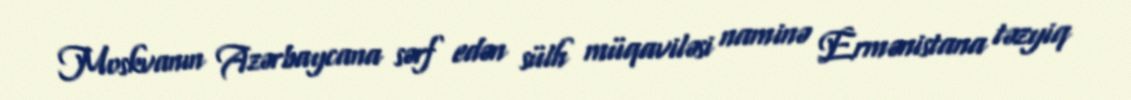
Moskvanın Azərbaycana sərf edən sülh müqaviləsi naminə Ermənistana təzyiq